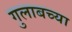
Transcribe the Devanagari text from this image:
गुलाबच्या